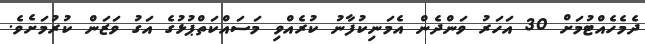
ދެމެހެއްޓުމަށް 30 އަހަރު ވަންދެން އެމަނިކުފާނު ކުރެއްވި މަސައްކަތްޕުޅުގެ އަގު ވަޒަން ކުރުމަށެވެ.